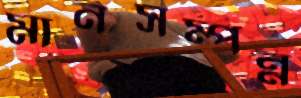
মানসম্পন্ন